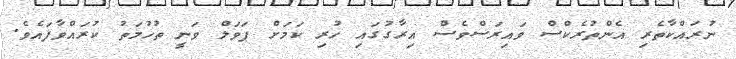
ނުރައްކާތެރި އެންތުރެކްސް ވައިރަސްވެސް އިރާގުގައި ހުރި ކަމަށް ޕަވަލް ވަނީ ތުހުމަތު ކުރައްވާފައެވެ.